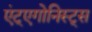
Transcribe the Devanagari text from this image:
एंट्एगोनिस्ट्स